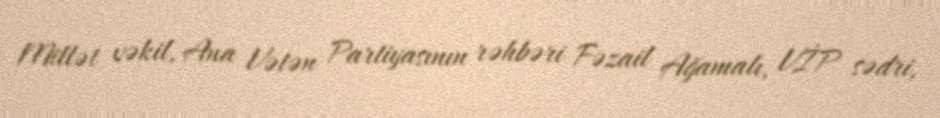
Millət vəkil, Ana Vətən Partiyasının rəhbəri Fəzail Ağamalı, VİP sədri,